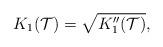
LaTeX: \begin{align*} K_1(\mathcal T)=\sqrt{K_1''(\mathcal T)}, \end{align*}